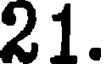
21.